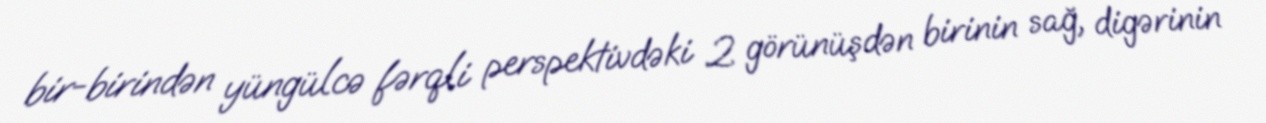
bir-birindən yüngülcə fərqli perspektivdəki 2 görünüşdən birinin sağ, digərinin